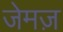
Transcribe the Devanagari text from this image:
जेमज़